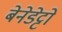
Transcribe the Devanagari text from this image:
बेनेडेट्टो